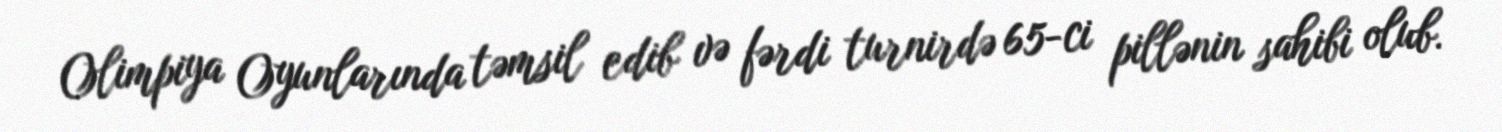
Olimpiya Oyunlarında təmsil edib və fərdi turnirdə 65-ci pillənin sahibi olub.